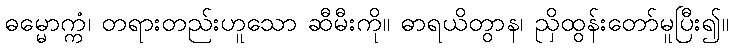
ဓမ္မောက္ကံ၊ တရားတည်းဟူသော ဆီမီးကို။ ဓာရယိတွာန၊ ညှိထွန်းတော်မူပြီး၍။